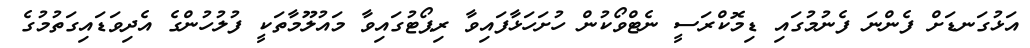
އަޅުގަނޑަށް ފެންނަ ފެނުމުގައި ޑިމޮކްރަސީ ނެޓްވޯކުން ހުށަހަޅާފައިވާ ރިޕޯޓުގައިވާ މައުލޫމާތަކީ ފުލުހުންގެ އެދިވަޑައިގަތުމުގެ